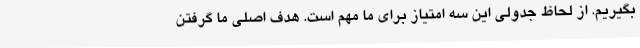
بگیریم. از لحاظ جدولی این سه امتیاز برای ما مهم است. هدف اصلی ما گرفتن